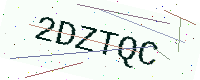
Text: 2DZTQC